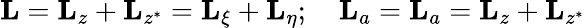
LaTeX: {\mathbf L}={\mathbf L_{z}}+{\mathbf L_{z^{*}}}={\mathbf L_{\xi}}+{\mathbf L_{\eta}};\quad{\mathbf L_{a}}={\mathbf L_{a}}={\mathbf L_{z}}+{\mathbf L_{z^{*}}}